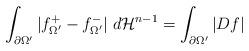
LaTeX: \begin{align*} \int_{\partial \Omega^{\prime}} |f_{\Omega^{\prime}}^{+} - f_{\Omega^{\prime}}^{-}| \; d\mathcal{H}^{n-1} = \int_{\partial \Omega^{\prime}} |Df|\end{align*}